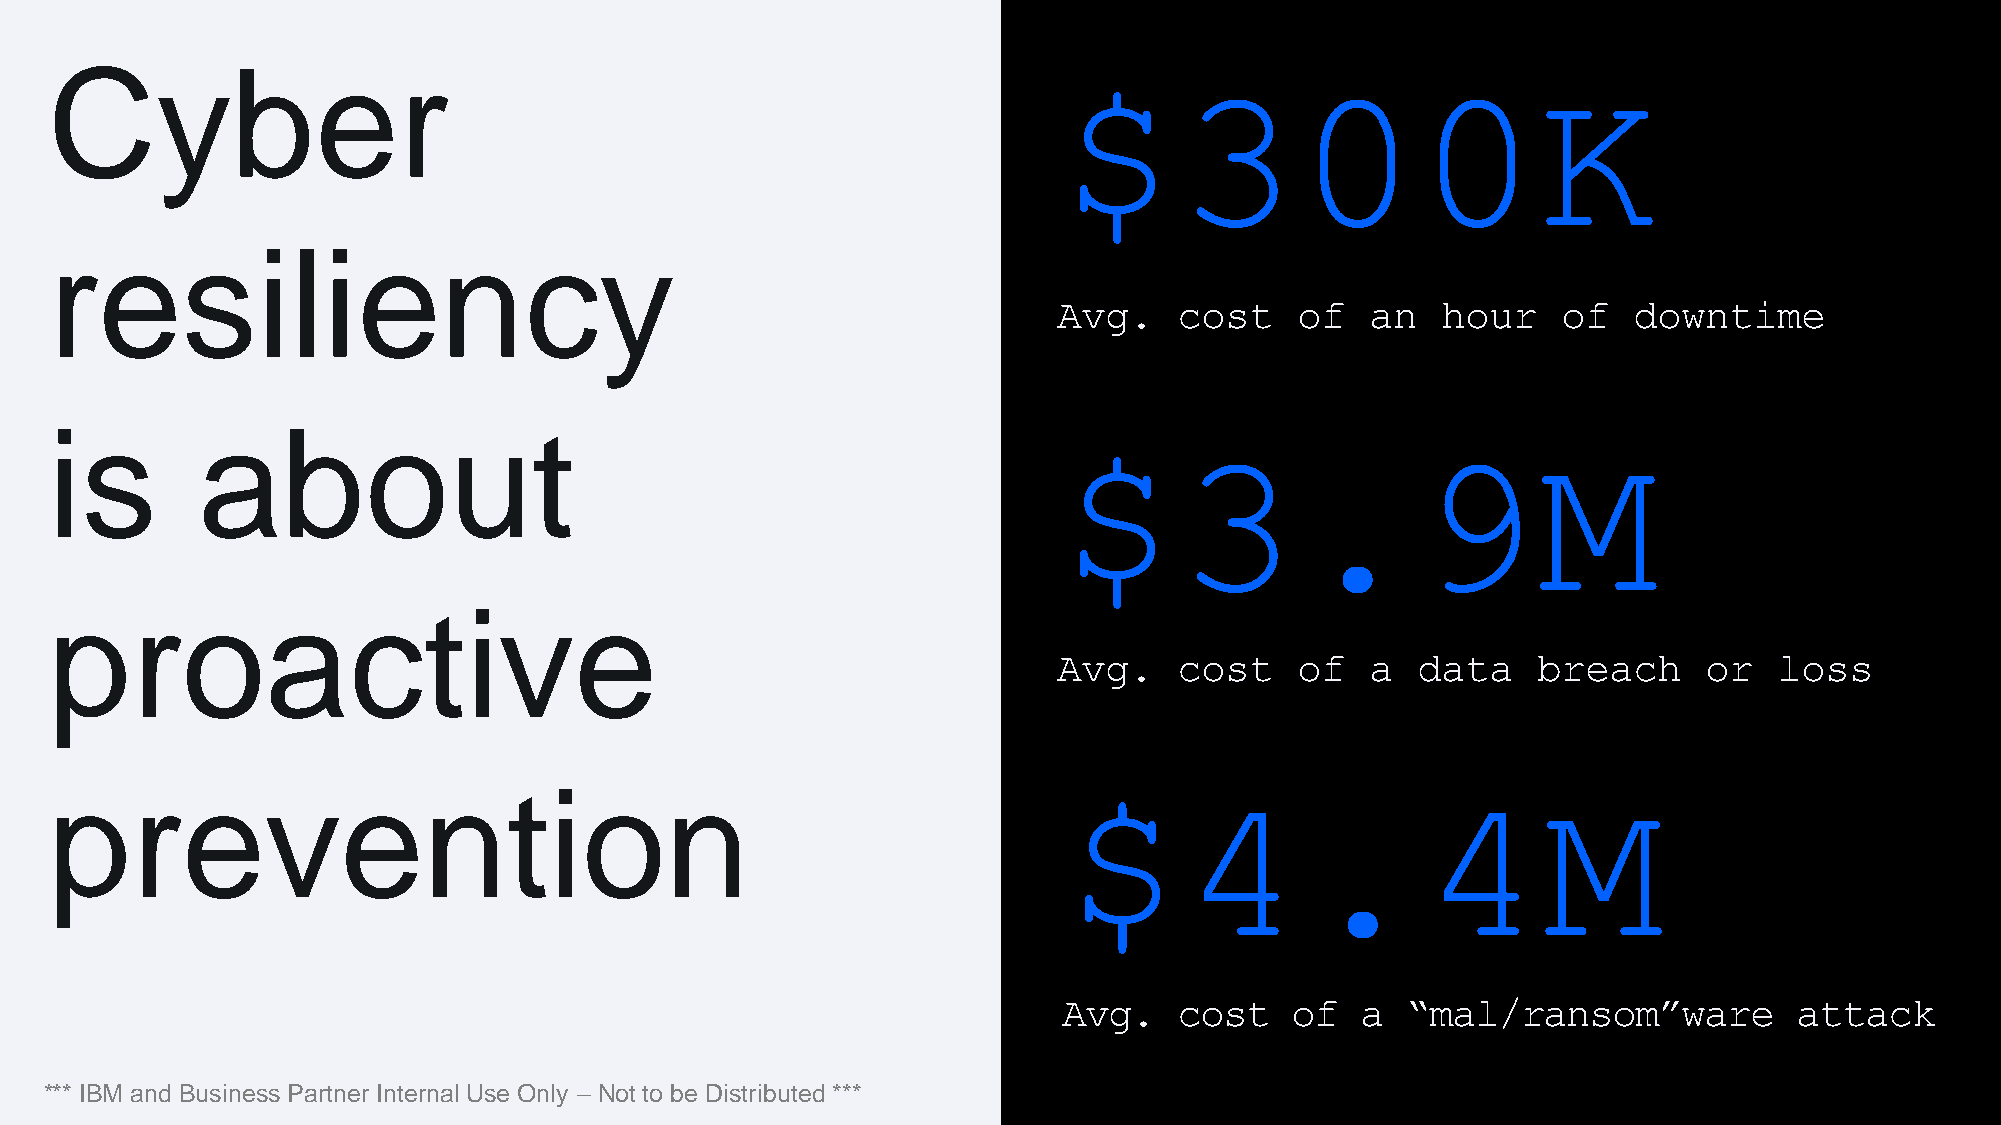
Cyber                                                              $300K
 resiliency
 Avg.    cost    of   an  hour    of   downtime
 is        about
 $3.9M
 proactive
 Avg.    cost    of   a  data    breach     or   loss
 prevention                                                         $4.4M
 Avg.    cost    of  a  “mal/ransom”ware          attack
 *** IBM and Business Partner Internal Use Only – Not to be Distributed ***